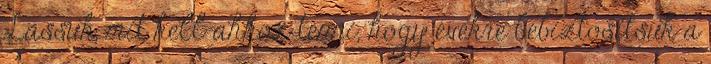
Lássuk, mit kell ahhoz tenni, hogy évekre bebiztosítsuk a